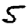
Digit: 5